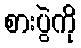
စားပွဲကို